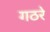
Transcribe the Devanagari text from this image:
गठरे